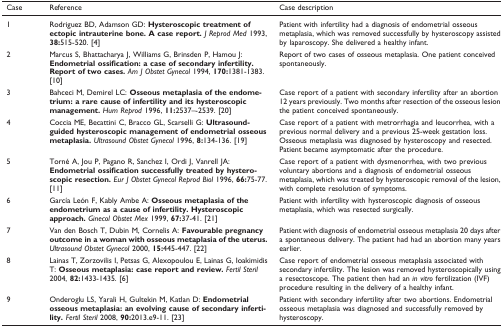
<table><thead><tr><td><b>Case</b></td><td><b>Reference</b></td><td><b>Case description</b></td></tr></thead><tbody><tr><td>1</td><td>Rodriguez BD, Adamson GD: <b>Hysteroscopic treatment of ectopic intrauterine bone. A case report.</b><i>J Reprod Med</i> 1993, <b>38:</b>515-520. [4]</td><td>Patient with infertility had a diagnosis of endometrial osseous metaplasia, which was removed successfully by hysteroscopy assisted by laparoscopy. She delivered a healthy infant.</td></tr><tr><td>2</td><td>Marcus S, Bhattacharya J, Williams G, Brinsden P, Hamou J: <b>Endometrial ossification: a case of secondary infertility. Report of two cases.</b><i>Am J Obstet Gynecol</i> 1994, <b>170:</b>1381-1383. [10]</td><td>Report of two cases of osseous metaplasia. One patient conceived spontaneously.</td></tr><tr><td>3</td><td>Bahceci M, Demirel LC: <b>Osseous metaplasia of the endometrium: a rare cause of infertility and its hysteroscopic management.</b><i>Hum Reprod</i> 1996, <b>11:</b>2537–-2539. [20]</td><td>Case report of a patient with secondary infertility after an abortion 12 years previously. Two months after resection of the osseous lesion the patient conceived spontaneously.</td></tr><tr><td>4</td><td>Coccia ME, Becattini C, Bracco GL, Scarselli G: <b>Ultrasound-guided hysteroscopic management of endometrial osseous metaplasia.</b><i>Ultrasound Obstet Gynecol</i> 1996, <b>8:</b>134-136. [19]</td><td>Case report of a patient with metrorrhagia and leucorrhea, with a previous normal delivery and a previous 25-week gestation loss. Osseous metaplasia was diagnosed by hysteroscopy and resected. Patient became asymptomatic after the procedure.</td></tr><tr><td>5</td><td>Torné A, Jou P, Pagano R, Sanchez I, Ordi J, Vanrell JA: <b>Endometrial ossification successfully treated by hysteroscopic resection.</b><i>Eur J Obstet Gynecol Reprod Biol</i> 1996, <b>66:</b>75-77. [11]</td><td>Case report of a patient with dysmenorrhea, with two previous voluntary abortions and a diagnosis of endometrial osseous metaplasia, which was treated by hysteroscopic removal of the lesion, with complete resolution of symptoms.</td></tr><tr><td>6</td><td>García León F, Kably Ambe A: <b>Osseous metaplasia of the endometrium as a cause of infertility. Hysteroscopic approach.</b><i>Ginecol Obstet Mex</i> 1999, <b>67:</b>37-41. [21]</td><td>Patient with infertility with hysteroscopic diagnosis of osseous metaplasia, which was resected surgically.</td></tr><tr><td>7</td><td>Van den Bosch T, Dubin M, Cornelis A: <b>Favourable pregnancy outcome in a woman with osseous metaplasia of the uterus.</b><i>Ultrasound Obstet Gynecol</i> 2000, <b>15:</b>445-447. [22]</td><td>Patient with diagnosis of endometrial osseous metaplasia 20 days after a spontaneous delivery. The patient had had an abortion many years earlier.</td></tr><tr><td>8</td><td>Lainas T, Zorzovilis I, Petsas G, Alexopoulou E, Lainas G, Ioakimidis T: <b>Osseous metaplasia: case report and review.</b><i>Fertil Steril</i> 2004, <b>82:</b>1433-1435. [6]</td><td>Case report of endometrial osseous metaplasia associated with secondary infertility. The lesion was removed hysteroscopically using a resectoscope. The patient then had an <i>in vitro</i> fertilization (IVF) procedure resulting in the delivery of a healthy infant.</td></tr><tr><td>9</td><td>Onderoglu LS, Yarali H, Gultekin M, Katlan D: <b>Endometrial osseous metaplasia: an evolving cause of secondary infertility.</b><i>Fertil Steril</i> 2008, <b>90:</b>2013.e9-11. [23]</td><td>Patient with secondary infertility after two abortions. Endometrial osseous metaplasia was diagnosed and successfully removed by hysteroscopy.</td></tr></tbody></table>